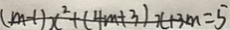
( m - 1 ) x ^ { 2 } + ( 4 m + 3 ) x + 3 m = 5